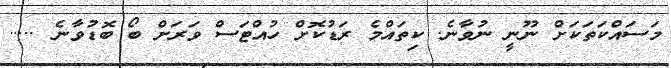
މަސައްކަތަކަށް ނޫނީ ނުވާނެ. ކިތައްމެ ރަޑުކޮށް ހުއްޓަސް ވަރަށް ބޯ ބޮޑުވާނެ .....